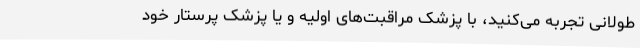
طولانی تجربه می‌کنید، با پزشک مراقبت‌های اولیه و یا پزشک پرستار خود